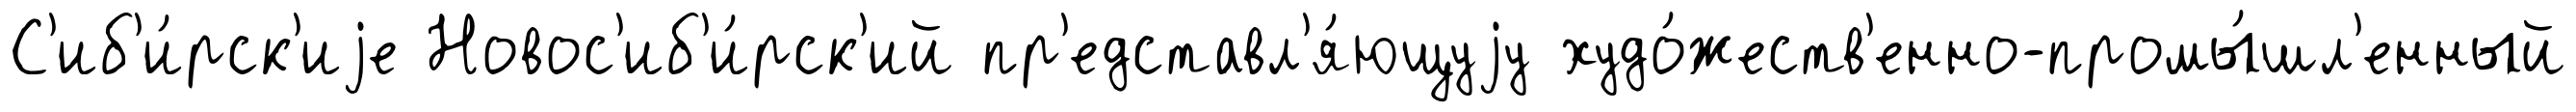
С'иб'и́рск'иjе Новос'иб'и́рск'ий пр'едставл'я́ющуjу худо́жеств'енно-промы́шл'енный